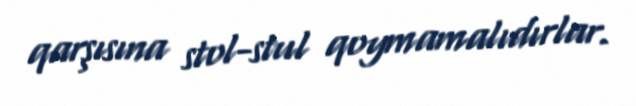
qarşısına stol-stul qoymamalıdırlar.